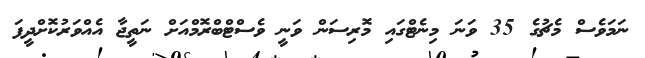
ނަމަވެސް މެޗުގެ 35 ވަނަ މިނެޓްގައި މޮރިސަން ވަނީ ވެސްޓްބްރޮމްއަށް ނަތީޖާ އެއްވަރުކޮށްދީފަ